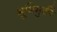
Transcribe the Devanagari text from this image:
भूमिमुक्ती